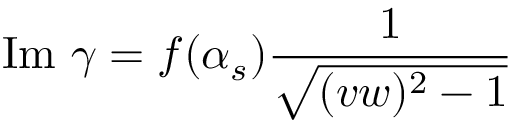
\mathrm { I m ~ } \gamma = f ( \alpha _ { s } ) \frac { 1 } { \sqrt { ( v w ) ^ { 2 } - 1 } }